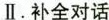
Ⅱ.补全对话